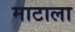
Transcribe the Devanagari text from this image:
माटाला